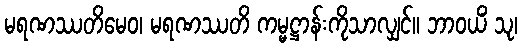
မရဏဿတိမေဝ၊ မရဏဿတိ ကမ္မဋ္ဌာန်းကိုသာလျှင်။ ဘာဝယိံ သု၊